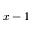
x - 1